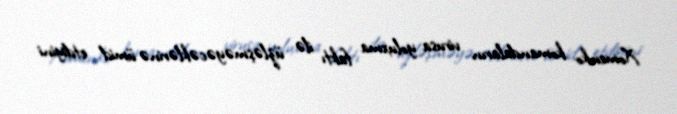
Xomenko komandaların virusa yoluxma faktı ilə üzləşməyəcəklərinə ümid etdiyini